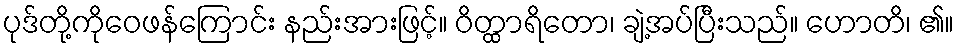
ပုဒ်တို့ကိုဝေဖန်ကြောင်း နည်းအားဖြင့်။ ဝိတ္ထာရိတော၊ ချဲ့အပ်ပြီးသည်။ ဟောတိ၊ ၏။